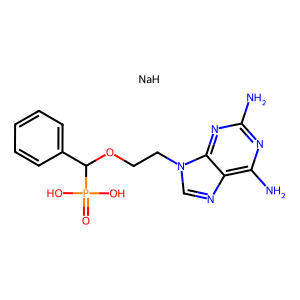
SMILES: Nc1nc(N)c2ncn(CCOC(c3ccccc3)P(=O)(O)O)c2n1.[NaH]
Inhibits HIV replication: No